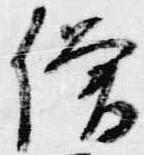
僧